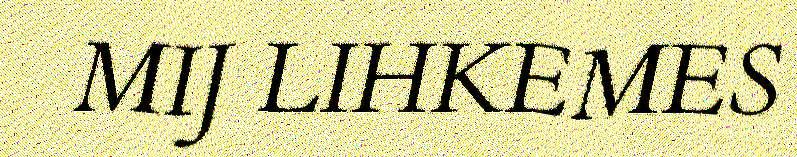
MIJ LIHKEMES